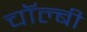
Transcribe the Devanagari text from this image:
चॉल्बी